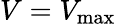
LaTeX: V=V_{\operatorname*{max}}